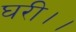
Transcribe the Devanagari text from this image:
घरी।।